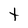
Character: T